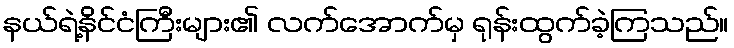
နယ်ရဲ့နိင်ငံကြီးများ၏ လက်အောက်မှ ရုန်းထွက်ခဲ့ကြသည်။